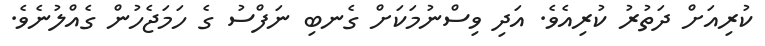
ކުރިއަށް ދަތުރު ކުރިއެވެ. އަދި ވިސްނުމަކަށް ގެނބި ނަފްސު ގެ ހަމަޖެހުން ގެއްލުނެވެ.